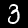
Digit: 3